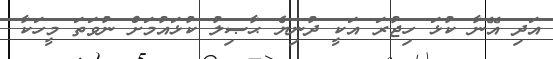
އަދި އޭނާ ކުޅަ ހިޖުރަ އަކީ ދުނިޔެ ޙާޞިލު ކުޅައުމަށް ނުވަތަ މީހަކާ